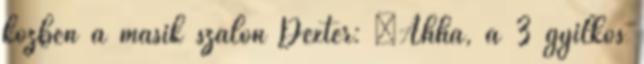
közben a másik szálon Dexter: “Ahha, a 3 gyilkos